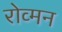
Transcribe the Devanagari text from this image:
रोव्मन